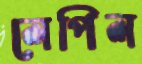
লেপিল